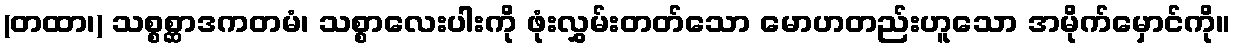
(တထာ၊) သစ္စစ္ဆာဒကတမံ၊ သစ္စာလေးပါးကို ဖုံးလွှမ်းတတ်သော မောဟတည်းဟူသော အမိုက်မှောင်ကို။